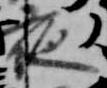
夜